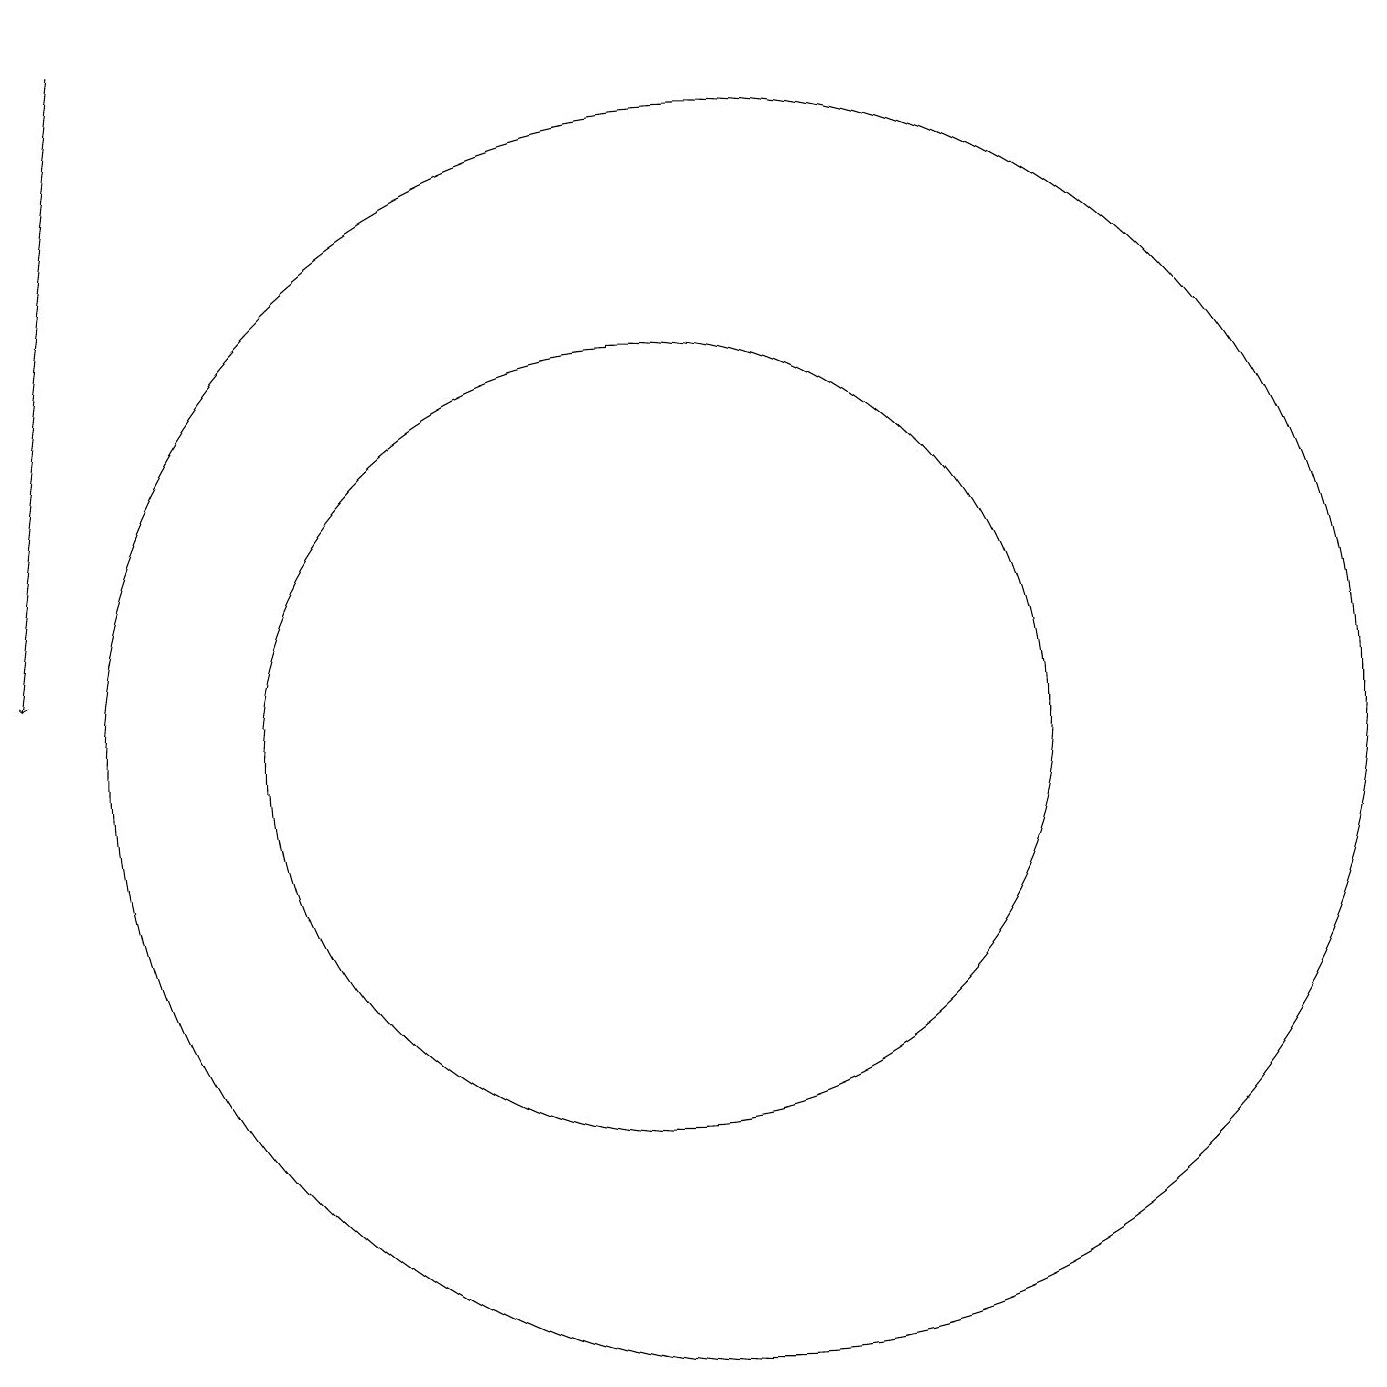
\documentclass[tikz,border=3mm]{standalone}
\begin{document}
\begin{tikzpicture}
\draw (11,10) circle (8);
\draw[->] (3,19) -- (2,11);
\draw (10,10) circle (5);
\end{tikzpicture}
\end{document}